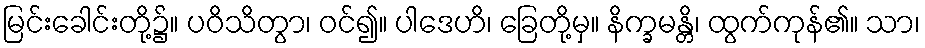
မြင်းခေါင်းတို့၌။ ပဝိသိတွာ၊ ဝင်၍။ ပါဒေဟိ၊ ခြေတို့မှ။ နိက္ခမန္တိ၊ ထွက်ကုန်၏။ သာ၊